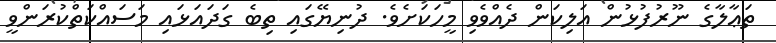
ތަޢާލާގެ ނޫރުފުޅުން އަލިކަން ދެއްވެވި މީހަކަށެވެ. ދުނިޔޭގައި ތިބެ ގަދައަޅައި މަސައްކަތްކުރަންވީ